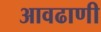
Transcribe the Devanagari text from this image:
आवढाणी